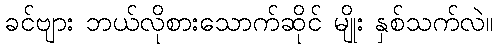
ခင်ဗျား ဘယ်လိုစားသောက်ဆိုင် မျိုး နှစ်သက်လဲ။